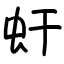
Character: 虷